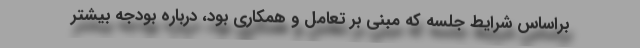
براساس شرایط جلسه که مبنی بر تعامل و همکاری بود، درباره بودجه بیشتر